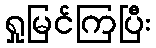
ရှုမြင်ကြပြီး